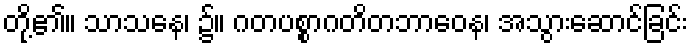
တို့၏။ သာသနေ၊ ၌။ ဂတပစ္စာဂတိတဘာဝေန၊ အသွားဆောင်ခြင်း